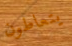
يتعاطون